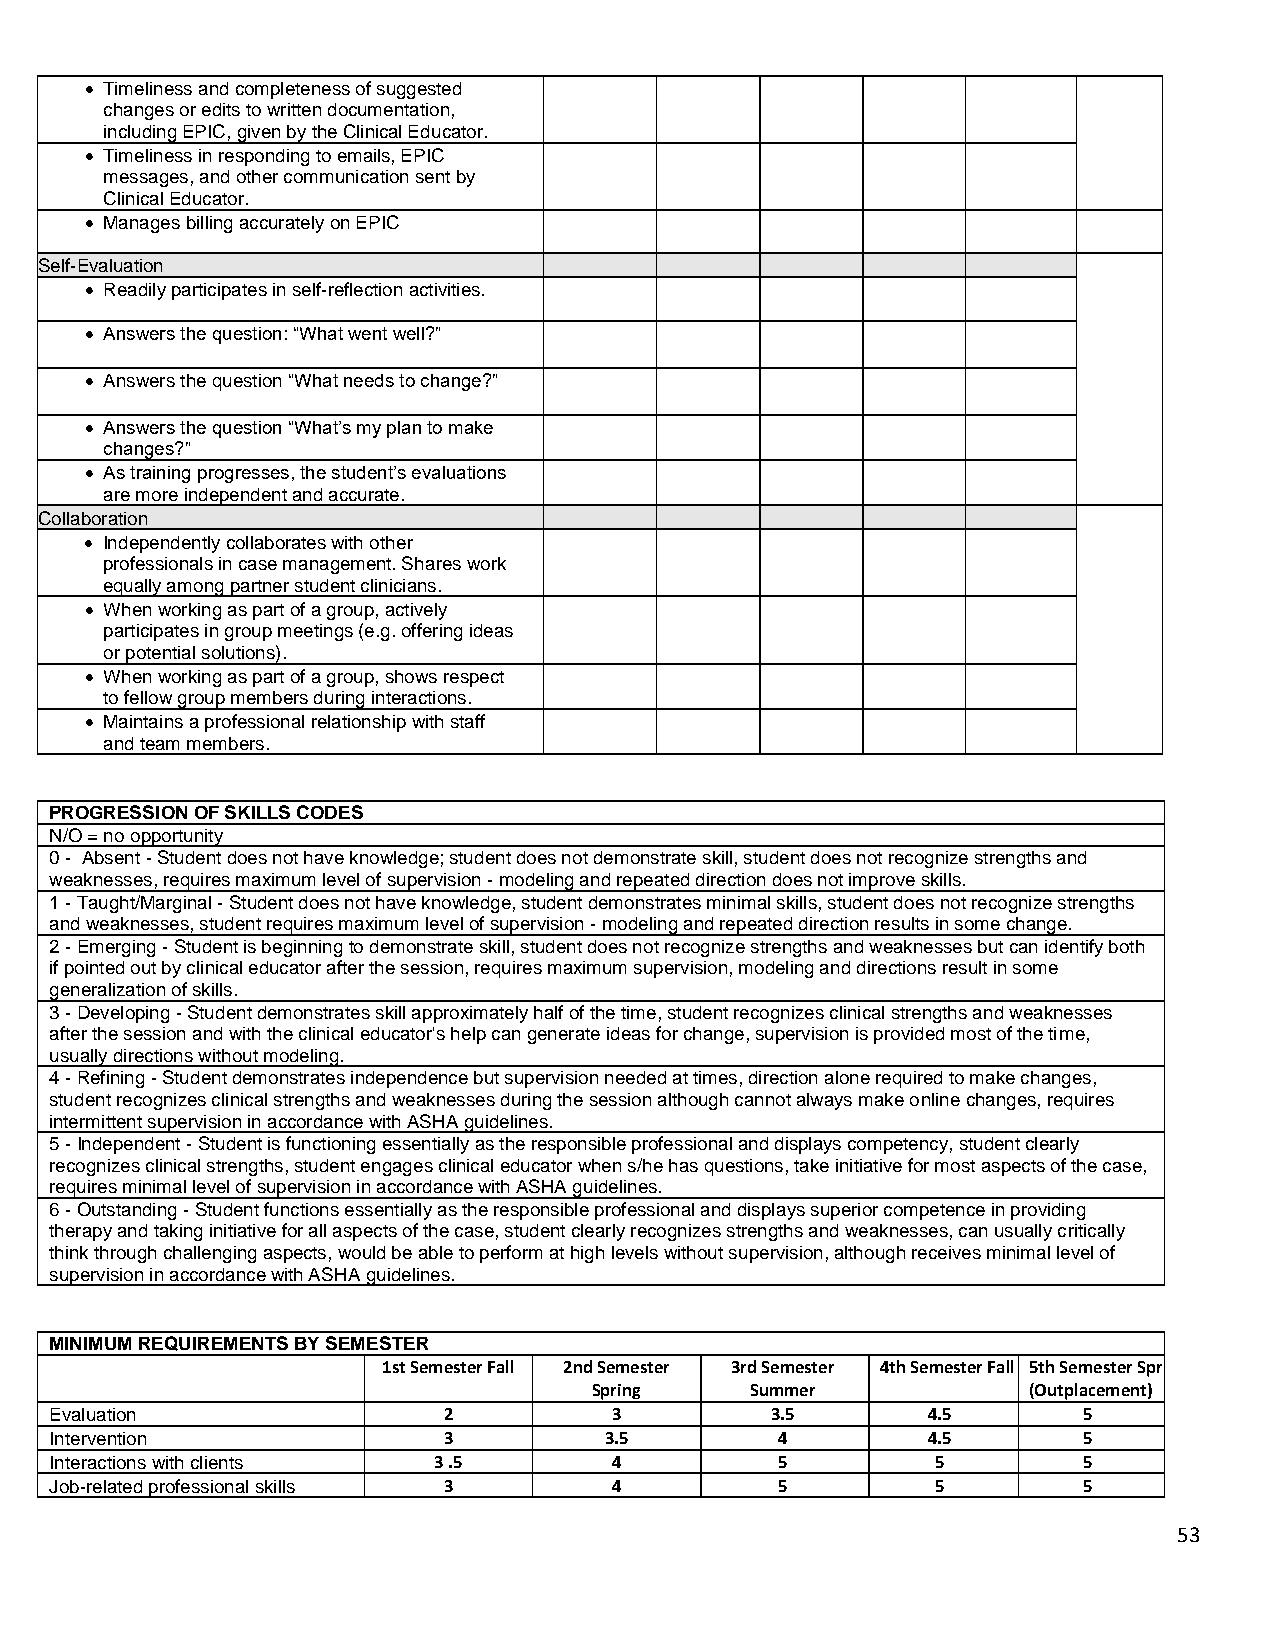
 Timeliness and completeness of suggested
 changes or edits to written documentation,
 including EPIC, given by the Clinical Educator.
  Timeliness in responding to emails, EPIC
 messages, and other communication sent by
 Clinical Educator.
  Manages billing accurately on EPIC
 Self-Evaluation
  Readily participates in self-reflection activities.
  Answers the question: “What went well?”
  Answers the question “What needs to change?”
  Answers the question “What’s my plan to make
 changes?”
  As training progresses, the student’s evaluations
 are more independent and accurate.
 Collaboration
  Independently collaborates with other
 professionals in case management. Shares work
 equally among partner student clinicians.
  When working as part of a group, actively
 participates in group meetings (e.g. offering ideas
 or potential solutions).
  When working as part of a group, shows respect
 to fellow group members during interactions.
  Maintains a professional relationship with staff
 and team members.
 PROGRESSION OF SKILLS CODES
 N/O = no opportunity
 0 - Absent - Student does not have knowledge; student does not demonstrate skill, student does not recognize strengths and
 weaknesses, requires maximum level of supervision - modeling and repeated direction does not improve skills.
 1 - Taught/Marginal - Student does not have knowledge, student demonstrates minimal skills, student does not recognize strengths
 and weaknesses, student requires maximum level of supervision - modeling and repeated direction results in some change.
 2 - Emerging - Student is beginning to demonstrate skill, student does not recognize strengths and weaknesses but can identify both
 if pointed out by clinical educator after the session, requires maximum supervision, modeling and directions result in some
 generalization of skills.
 3 - Developing - Student demonstrates skill approximately half of the time, student recognizes clinical strengths and weaknesses
 after the session and with the clinical educator's help can generate ideas for change, supervision is provided most of the time,
 usually directions without modeling.
 4 - Refining - Student demonstrates independence but supervision needed at times, direction alone required to make changes,
 student recognizes clinical strengths and weaknesses during the session although cannot always make online changes, requires
 intermittent supervision in accordance with ASHA guidelines.
 5 - Independent - Student is functioning essentially as the responsible professional and displays competency, student clearly
 recognizes clinical strengths, student engages clinical educator when s/he has questions, take initiative for most aspects of the case,
 requires minimal level of supervision in accordance with ASHA guidelines.
 6 - Outstanding - Student functions essentially as the responsible professional and displays superior competence in providing
 therapy and taking initiative for all aspects of the case, student clearly recognizes strengths and weaknesses, can usually critically
 think through challenging aspects, would be able to perform at high levels without supervision, although receives minimal level of
 supervision in accordance with ASHA guidelines.
 MINIMUM REQUIREMENTS BY SEMESTER
 1st Semester Fall 2nd Semester 3rd Semester 4th Semester Fall 5th Semester Spring
 Spring     Summer            (Outplacement)
 Evaluation                2           3         3.5       4.5        5
 Intervention              3          3.5         4        4.5        5
 Interactions with clients 3 .5        4          5         5         5
 Job-related professional skills 3     4          5         5         5
 53